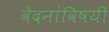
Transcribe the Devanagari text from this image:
वेदनांविषयी